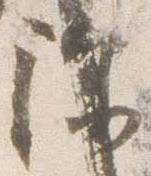
除